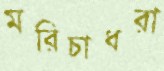
মরিচাধরা